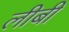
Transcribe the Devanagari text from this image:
लीबी